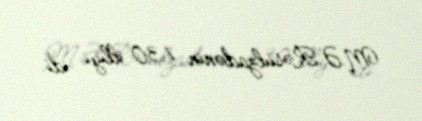
M.Ə.Rəsulzadənin 130 illiyi idi.